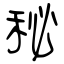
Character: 秘